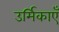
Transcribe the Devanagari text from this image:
उर्मिकाएँ